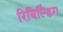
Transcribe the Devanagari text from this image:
रिबिल्डिंग